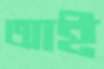
আই